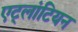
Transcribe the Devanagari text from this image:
एट्लांटियन